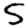
Digit: 5